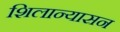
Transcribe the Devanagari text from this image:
शिलान्यासन